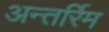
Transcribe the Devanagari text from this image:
अन्तर्रिम